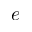
e